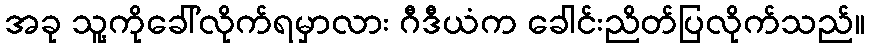
အခု သူ့ကိုခေါ်လိုက်ရမှာလား ဂီဒီယံက ခေါင်းညိတ်ပြလိုက်သည်။